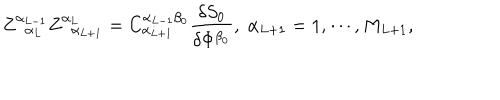
Z _ { \; \; \alpha _ { L } } ^ { \alpha _ { L - 1 } } Z _ { \; \; \alpha _ { L + 1 } } ^ { \alpha _ { L } } = C _ { \alpha _ { L + 1 } } ^ { \alpha _ { L - 1 } \beta _ { 0 } } \frac { \delta S _ { 0 } } { \delta \Phi ^ { \beta _ { 0 } } } , \; \alpha _ { L + 1 } = 1 , \cdots , M _ { L + 1 } ,